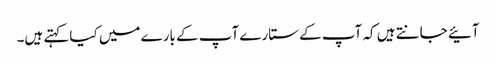
آئیے جانتے ہیں کہ آپ کے ستارے آپ کے بارے میں کیا کہتے ہیں۔